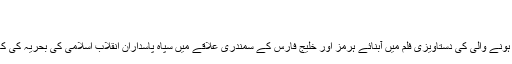
تاریخ شائع کریں : دوشنبه ۹ مهر ۱۳۹۷ گھنٹہ ۱۳:۵۱
موضوع نمبر: 363989
ایران کےقومی ٹیلی ویژن سے قلب زمین کے نام سے نشر ہونے والی کی دستاویزی فلم میں آبنائے ہرمز اور خلیج فارس کے سمندری علاقے میں سپاہ پاسداران انقلاب اسلامی کی بحریہ کی کارکردگی اور آپریشنز کے مختلف گوشوں کو اجاگر کیا گیا۔